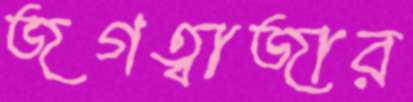
জগত্বাজার